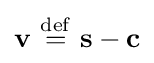
\mathbf {v} \ {\stackrel {\mathrm {def} }{=}}\ \mathbf {s} -\mathbf {c}